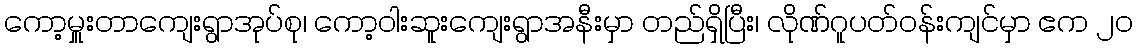
ကော့မှူးတာကျေးရွာအုပ်စု၊ ကော့ဝါးဆူးကျေးရွာအနီးမှာ တည်ရှိပြီး၊ လိုဏ်ဂူပတ်ဝန်းကျင်မှာ ဧက ၂၀